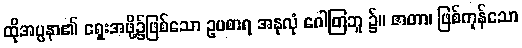
ထိုအပ္ပနာ၏ ရှေးအဖို့၌ဖြစ်သော ဥပစာရ အနုလုံ ဂေါတြဘူ ၌။ ဇာတာ၊ ဖြစ်ကုန်သော